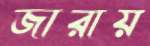
জারায়